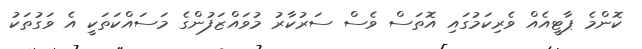
ކޮންމެ ޕާޓީއެއް ވެރިކަމުގައި އޮތަސް ވެސް ސަރުކާރު މުވައްޒަފުންގެ މަސައްކަތަކީ އެ ވަގުތަކު